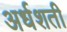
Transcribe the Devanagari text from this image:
अर्धशती